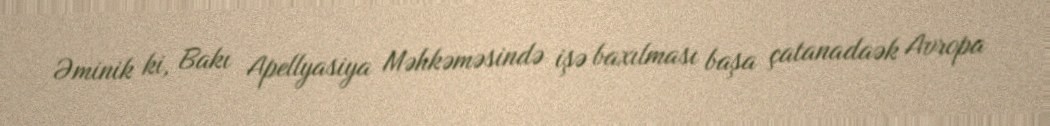
Əminik ki, Bakı Apellyasiya Məhkəməsində işə baxılması başa çatanadaək Avropa